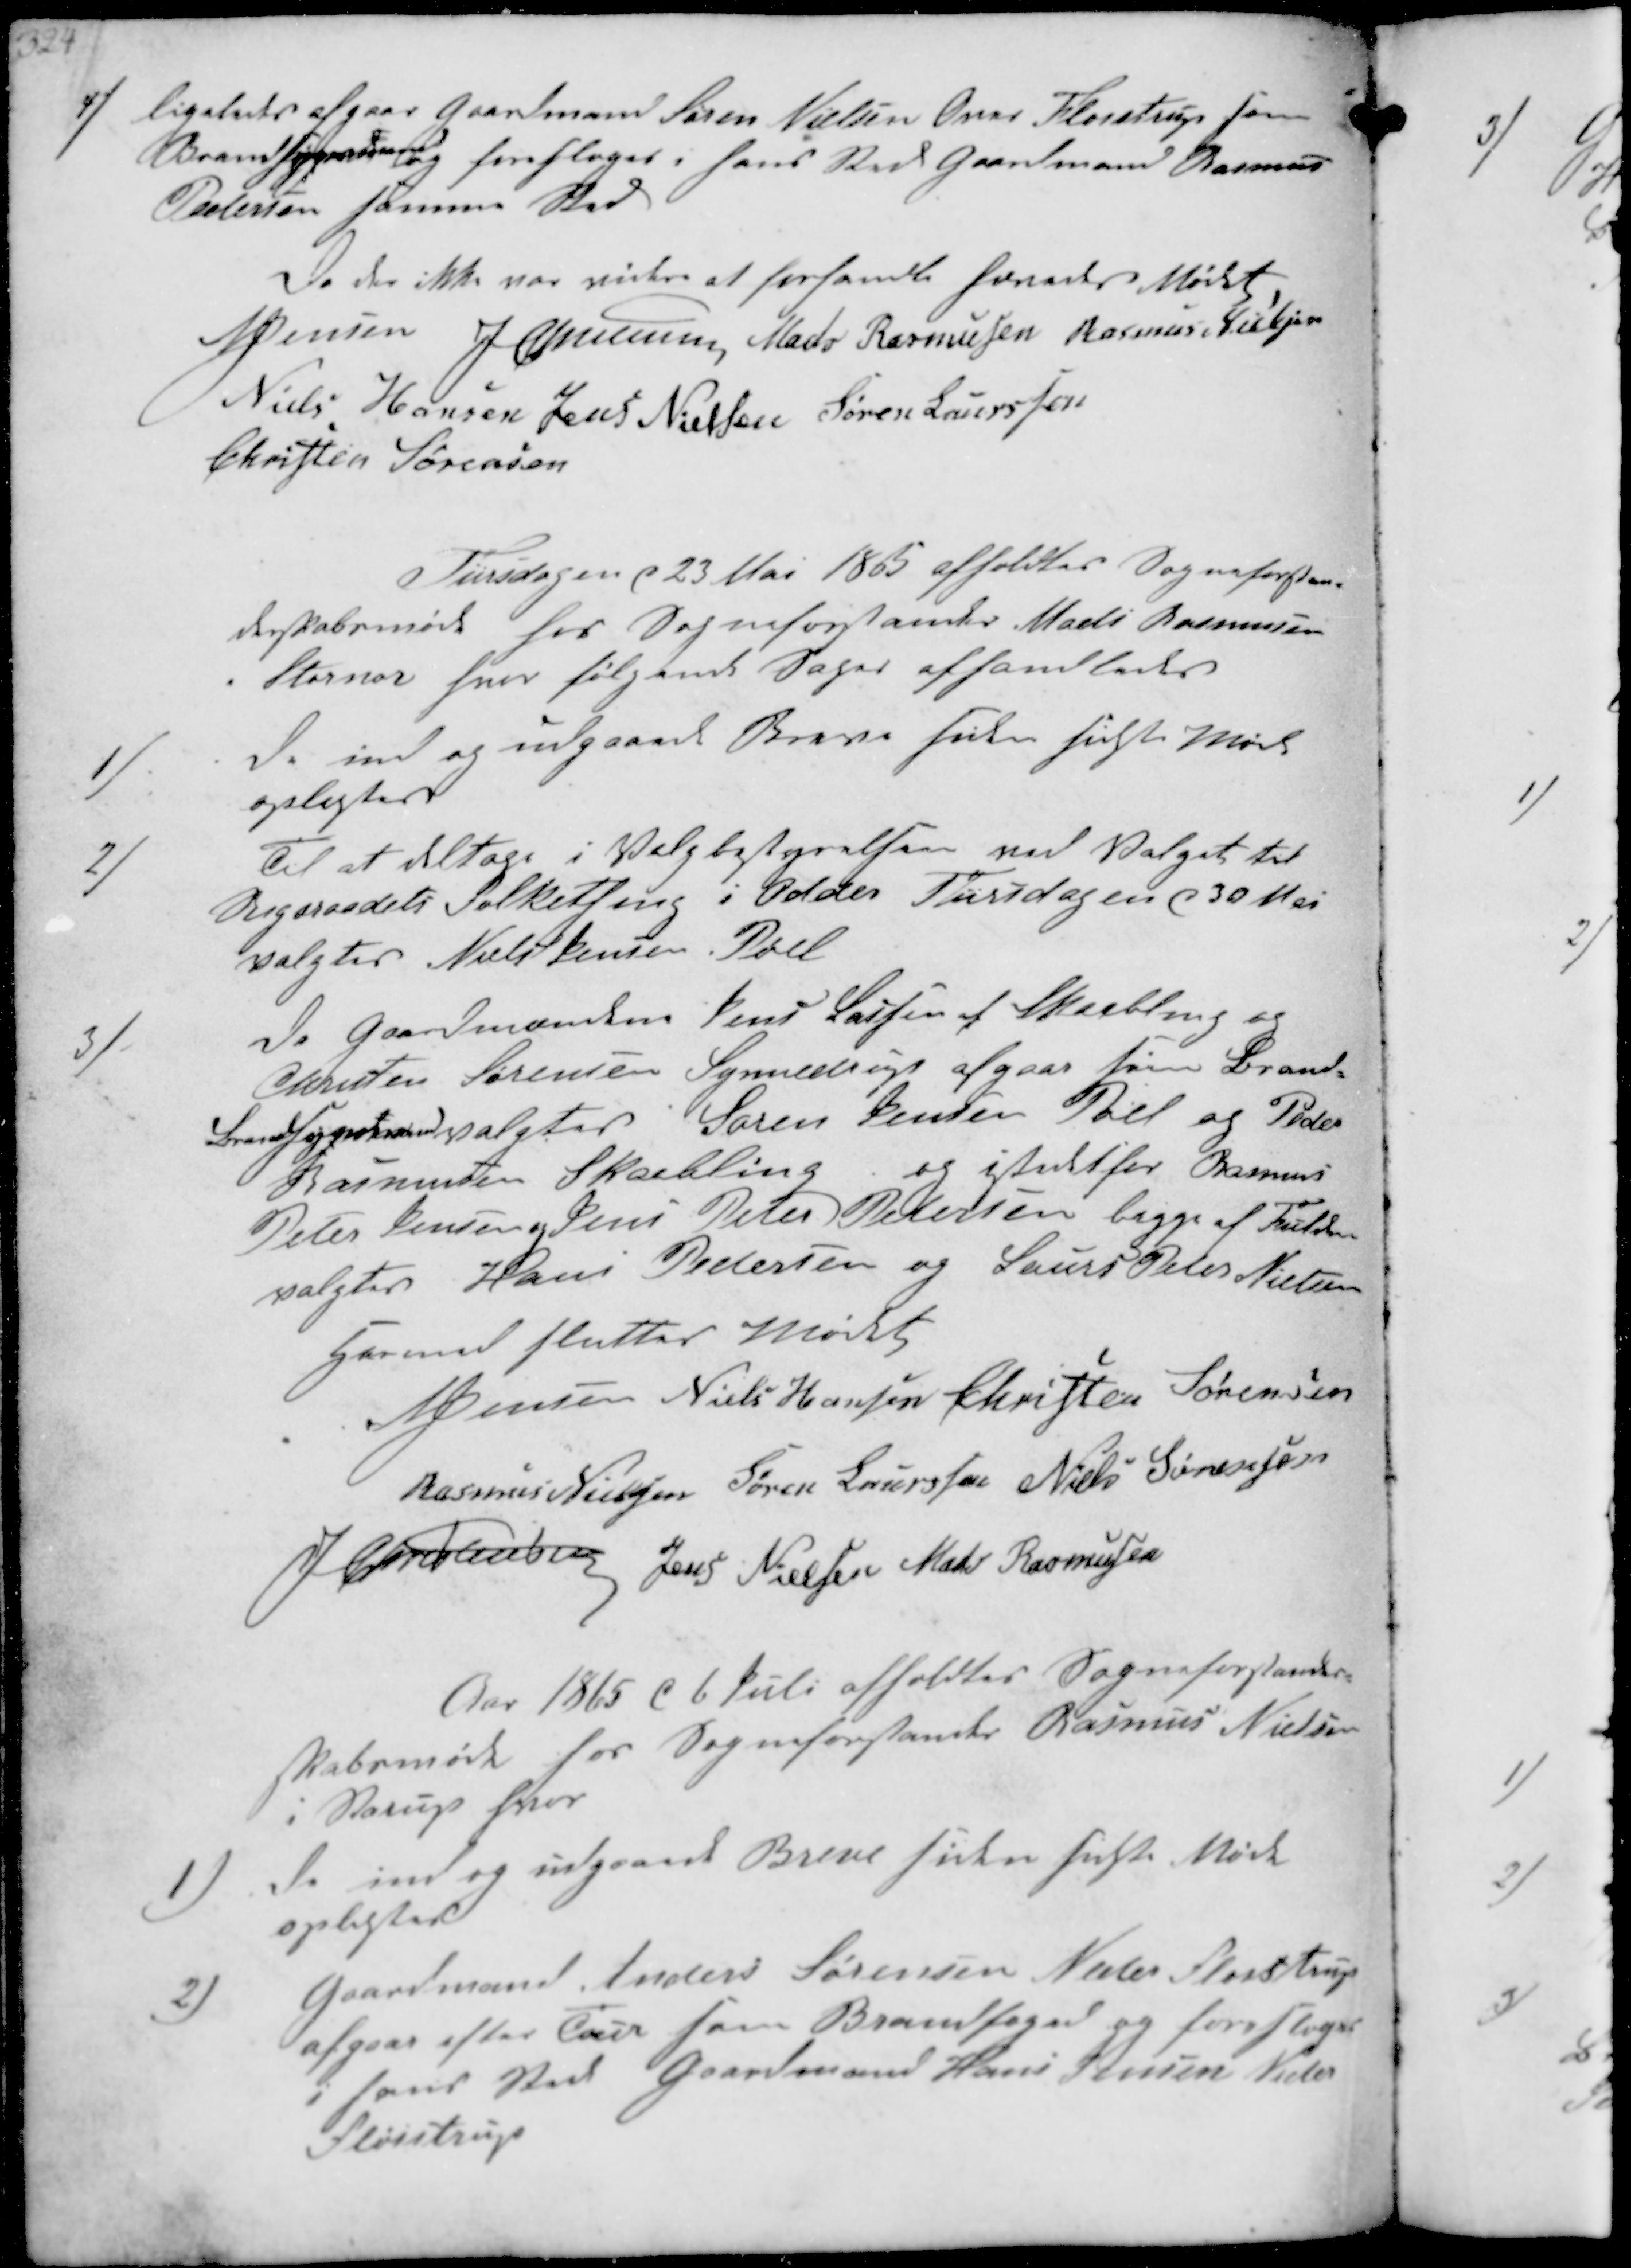
Transskription:
4/ ligeledes afgaae Gaardmand Søren Nielsen Over Fløistrup som
Brandsynsmand
og foresloges i hans Sted Gaardmand Rasmus
Pedersen samme Sted

Da der ikke var videre at forhandle hævedes Mødet
N Jensen
J Christensen
Mads Rasmussen
Rasmus Nielsen
Niels Hansen
Jens Nielsen
Søren Laurssen
Christen Sørensen

Tiirsdagen d 23 Mai 1865 afholdtes Sogneforstan-
derskabsmøde hos Sogneforstander Niels Rasmussen
i Stornor hvor følgende Sager afhandledes

1/
De ind og udgaaede Breve siden sidste Møde
oplæstes
2/
Til at deltage i Valgbestyrelsen ved Valget til
Rigsraadets Folkething i Odder Tiirsdagen d 30 Mai
valgtes Niels Jensen Pøel

3/
Da Gaardmændene Jens Lassen af Skaabling og
Christen Sørensen Synnedrup afgaae som Brand-
Brandsygndsmænd valgtes Søren Jensen Pøel og Peder
Rasmussen Skaabling
og istedet for Ramus
Peter Jensen og Jens Peter Petersen begge af Fulden
valgtes Hans Pedersen og Laurs Peter Nielsen

Hermed sluttes Mødet
NJensen
Niels Hansen
Christen Sørensen
Rasmus Nielsen
Søren Laurssen
Niels Sørensen
J Christensen
Jens Nielsen
Mads Rasmussen

Aar 1865 d 6 Juli afholdtes Sogneforstander-
skabsmøde hos Sogneforstander Rasmus Nielsen
i Starup hvor

1)
De ind og udgaaede Breve siden sidste Møde
oplæstes
2) Gaardmand Anders Sørensen Neder Fløistrup
afgaae efter Tour som Brandfoged og foresloges
i hans Sted Gaardmand Hans Jensen Neder
Fløistrup